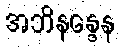
အဘိနန္ဒေန